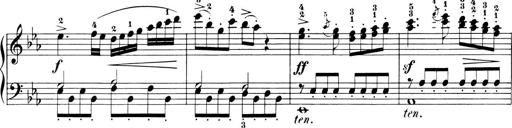
Title: 6 Piano Sonatinas
Composer: Cornelius Gurlitt